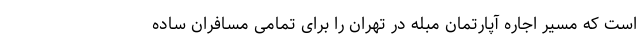
است که مسیر اجاره آپارتمان مبله در تهران را برای تمامی مسافران ساده